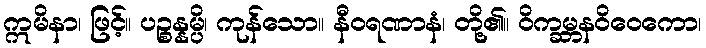
ဣမိနာ၊ ဖြင့်။ ပဉ္စန္နမ္ပိ၊ ကုန်သော။ နီဝရဏာနံ၊ တို့၏။ ဝိက္ခမ္ဘနဝိဝေကော၊